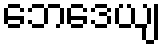
ဘေဒေယျ